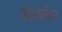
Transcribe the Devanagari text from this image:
कोल्लाबेरा